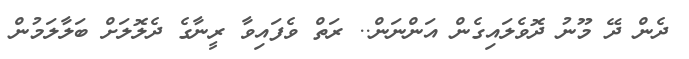
ދެން ދޭ މޫނު ދޮވެލައިގެން އަންނަން.. ރަތް ވެފައިވާ ރީނާގެ ދެލޮލަށް ބަލާލަމުން